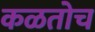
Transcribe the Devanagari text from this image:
कळतोच